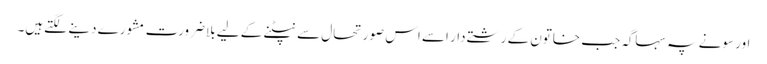
اور سونے پہ سہاگہ جب خاتون کے رشتےدار اسے اس صورتحال سے نپٹنے کے لیے بلاضرورت مشورے دینے لگتےہیں۔